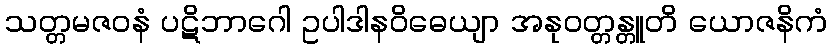
သတ္တမဇဝနံ ပဋိဘာဂေါ ဥပါဒါနဝိဓေယျာ အနုဝတ္တန္တူတိ ယောဇနိကံ